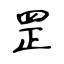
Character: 罡